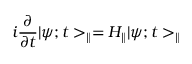
i \frac { \partial } { \partial t } | \psi ; t > _ { \parallel } = H _ { \parallel } | \psi ; t > _ { \parallel }